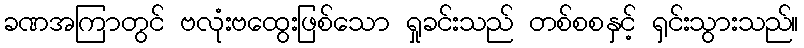
ခဏအကြာတွင် ဗလုံးဗထွေးဖြစ်သော ရှုခင်းသည် တစ်စစနှင့် ရှင်းသွားသည်။